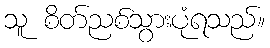
သူ စိတ်ညစ်သွားပုံရသည်။